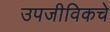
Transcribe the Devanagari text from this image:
उपजीविकचे